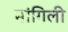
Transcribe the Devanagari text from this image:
नांगिली